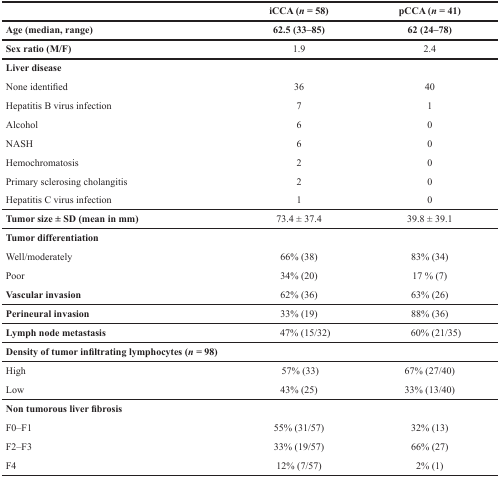
<table><thead><tr><td></td><td><b>iCCA (<i>n</i> = 58)</b></td><td><b>pCCA (<i>n</i> = 41)</b></td></tr><tr><td><b>Age (median, range)</b></td><td><b>62.5 (33–85)</b></td><td><b>62 (24–78)</b></td></tr><tr><td><b>Sex ratio (M/F)</b></td><td><b>1.9</b></td><td><b>2.4</b></td></tr></thead><tbody><tr><td><b>Liver disease</b></td><td></td><td></td></tr><tr><td>None identified</td><td>36</td><td>40</td></tr><tr><td>Hepatitis B virus infection</td><td>7</td><td>1</td></tr><tr><td>Alcohol</td><td>6</td><td>0</td></tr><tr><td>NASH</td><td>6</td><td>0</td></tr><tr><td>Hemochromatosis</td><td>2</td><td>0</td></tr><tr><td>Primary sclerosing cholangitis</td><td>2</td><td>0</td></tr><tr><td>Hepatitis C virus infection</td><td>1</td><td>0</td></tr><tr><td><b>Tumor size ± SD (mean in mm)</b></td><td>73.4 ± 37.4</td><td>39.8 ± 39.1</td></tr><tr><td><b>Tumor differentiation</b></td><td></td><td></td></tr><tr><td>Well/moderately</td><td>66% (38)</td><td>83% (34)</td></tr><tr><td>Poor</td><td>34% (20)</td><td>17 % (7)</td></tr><tr><td><b>Vascular invasion</b></td><td>62% (36)</td><td>63% (26)</td></tr><tr><td><b>Perineural invasion</b></td><td>33% (19)</td><td>88% (36)</td></tr><tr><td><b>Lymph node metastasis</b></td><td>47% (15/32)</td><td>60% (21/35)</td></tr><tr><td><b>Density of tumor infiltrating lymphocytes (<i>n</i> = 98)</b></td><td></td><td></td></tr><tr><td>High</td><td>57% (33)</td><td>67% (27/40)</td></tr><tr><td>Low</td><td>43% (25)</td><td>33% (13/40)</td></tr><tr><td><b>Non tumorous liver fibrosis</b></td><td></td><td></td></tr><tr><td>F0–F1</td><td>55% (31/57)</td><td>32% (13)</td></tr><tr><td>F2–F3</td><td>33% (19/57)</td><td>66% (27)</td></tr><tr><td>F4</td><td>12% (7/57)</td><td>2% (1)</td></tr></tbody></table>